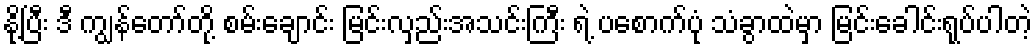
နို့ပြီး ဒီ ကျွန်တော်တို့ စမ်းချောင်း မြင်းလှည်းအသင်းကြီး ရဲ့ ပစောက်ပုံ သံခွာထဲမှာ မြင်းခေါင်းရုပ်ပါတဲ့